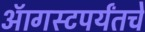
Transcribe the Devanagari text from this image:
ऑगस्टपर्यंतचे